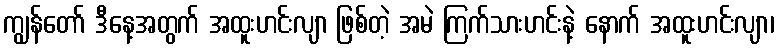
ကျွန်တော် ဒီနေ့အတွက် အထူးဟင်းလျာ ဖြစ်တဲ့ အမဲ ကြက်သားဟင်းနဲ့ နောက် အထူးဟင်းလျာ၊